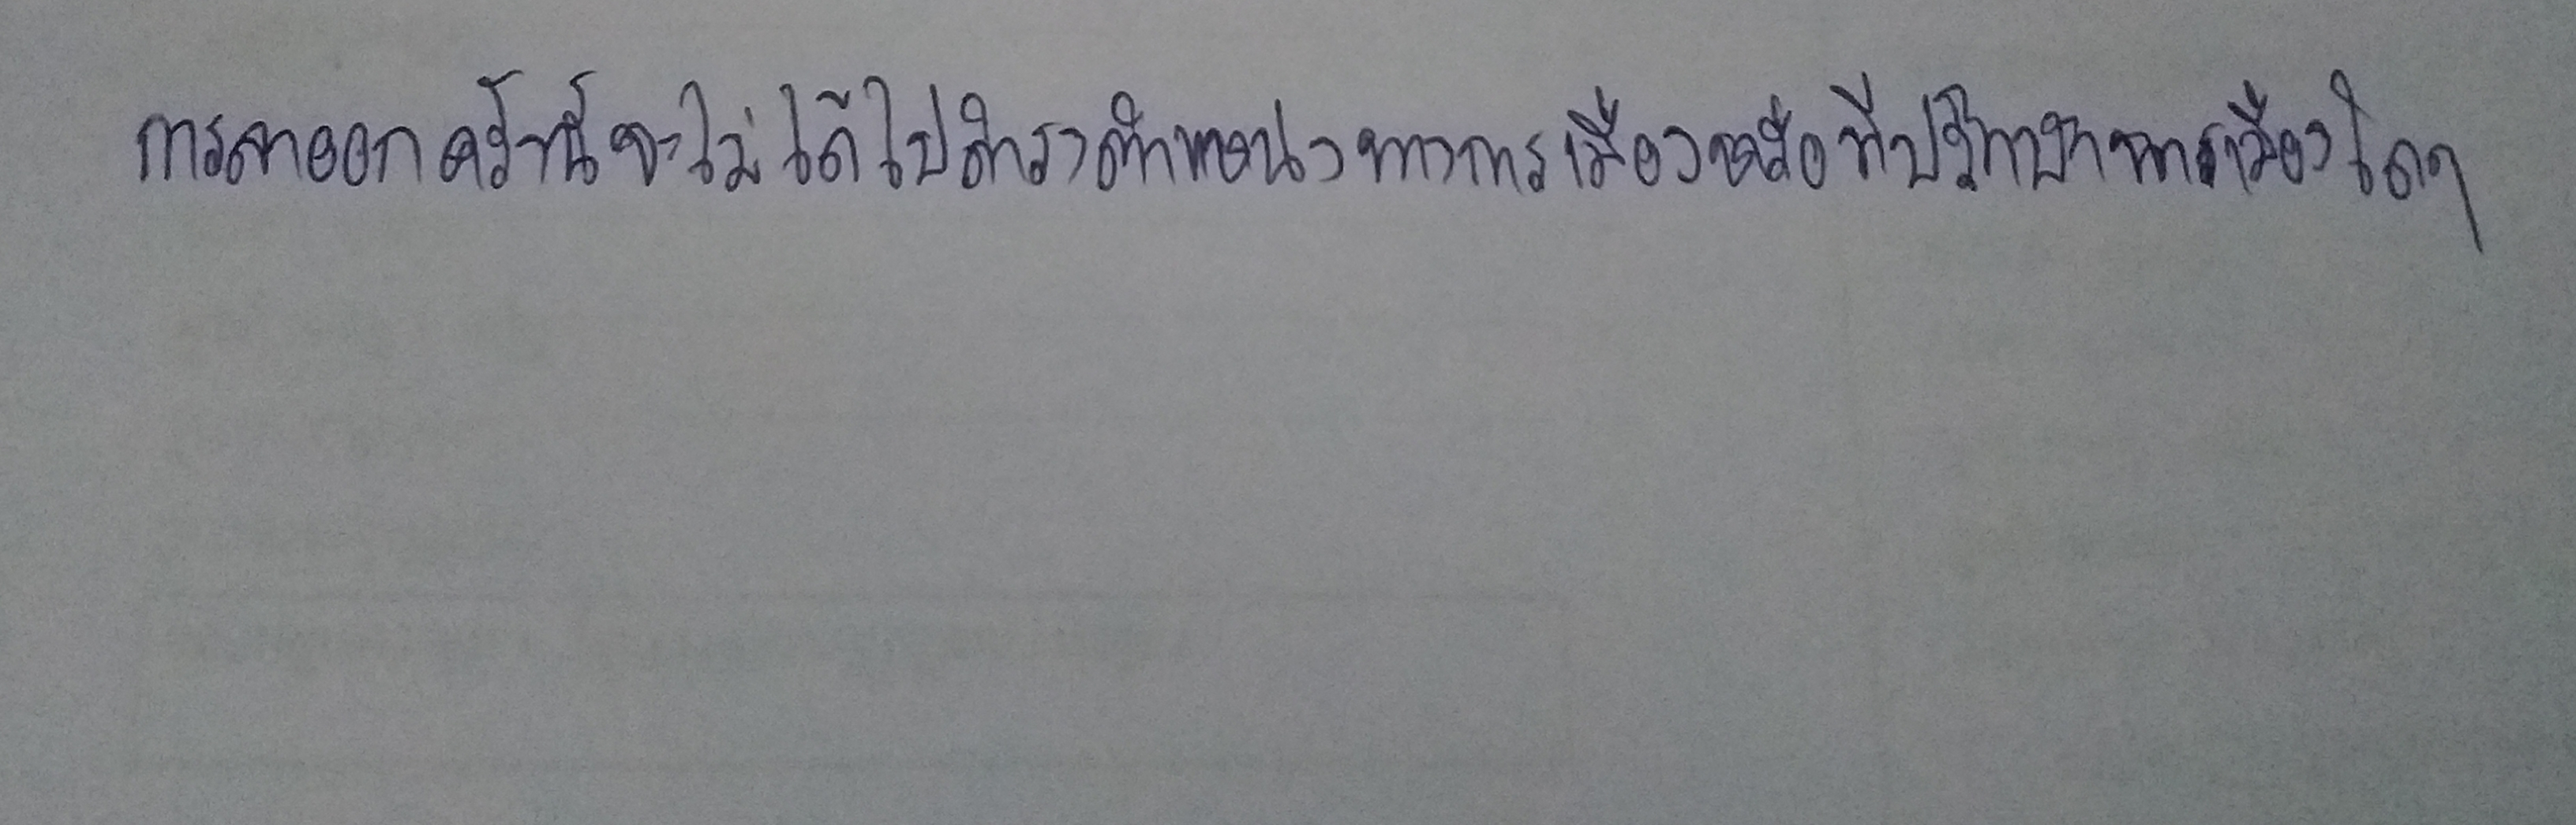
การลาออกครั้งนี้จะไม่ได้ไปดำรงตำแหน่งทางการเมืองหรือที่ปรึกษาการเมืองใดๆ